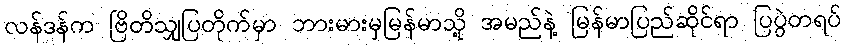
လန်ဒန်က ဗြိတိသျှပြတိုက်မှာ ဘားမားမှမြန်မာသို့ အမည်နဲ့ မြန်မာပြည်ဆိုင်ရာ ပြပွဲတရပ်